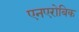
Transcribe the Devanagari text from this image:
एनएरोबिक